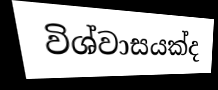
විශ්වාසයක්ද